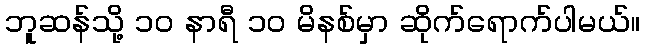
ဘူဆန်သို့ ၁၀ နာရီ ၁၀ မိနစ်မှာ ဆိုက်ရောက်ပါမယ်။